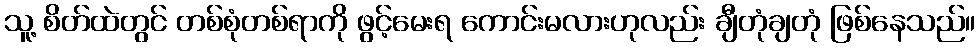
သူ့ စိတ်ထဲတွင် တစ်စုံတစ်ရာကို ဖွင့်မေးရ ကောင်းမလားဟုလည်း ချီတုံချတုံ ဖြစ်နေသည်။